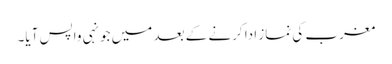
مغرب کی نماز ادا کرنے کے بعد میں جونہی واپس آیا۔